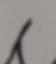
Signature authenticity: forged